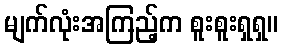
မျက်လုံးအကြည့်က စူးစူးရှရှ။